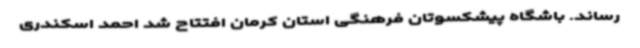
رساند. باشگاه پیشکسوتان فرهنگی استان کرمان افتتاح شد احمد اسکندری